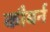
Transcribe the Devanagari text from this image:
कौबर्न